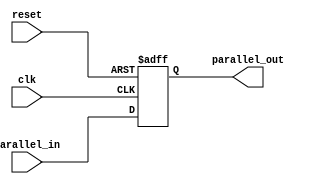
`timescale 1ns / 1ps
//////////////////////////////////////////////////////////////////////////////////
// Company: 
// Engineer: 
// 
// Design Name: 
// Module Name: PIPO
// Project Name: 
// Target Devices: 
// Tool Versions: 
// Description: 
// 
// Dependencies: 
// 
// Revision:
// Revision 0.01 - File Created
// Additional Comments:
// 
//////////////////////////////////////////////////////////////////////////////////


module pipo_shift_register (
    input wire clk,
    input wire reset,
    input wire [3:0] parallel_in,
    output reg [3:0] parallel_out
);
    always @(posedge clk or posedge reset) begin
        if (reset) begin
            parallel_out <= 4'b0000;  
        end else begin
            parallel_out <= parallel_in;  
        end
    end
endmodule